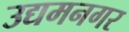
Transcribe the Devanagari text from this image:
उद्यमनगर